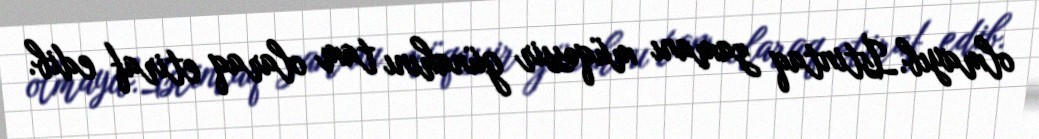
olmayıb.İstintaq zamanı müqəssir günahını tam olaraq etiraf edib.